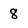
Character: 8